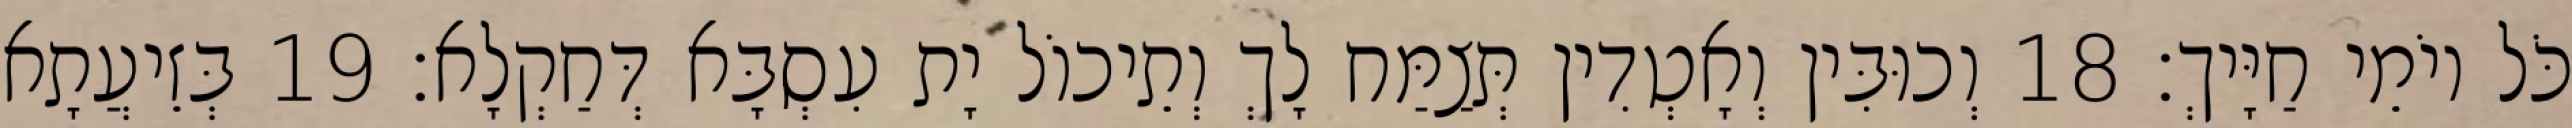
כֹּל יוֹמֵי חַיָּיךְ׃ 18 וְכוּבִּין וְאָטְדִין תְּצַמַּח לָךְ וְתֵיכוֹל יָת עִסְבָּא דְּחַקְלָא׃ 19 בְּזֵיעֲתָא